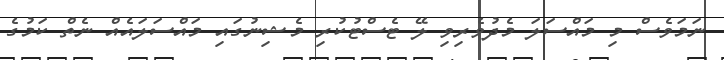
ނަމަވެސް މި މައްސަލަ މެދުވެރިވި ލޭ ޓެސްޓުކުރި މެޝިނުގައި މައްސަލައެއް ނެތް ކަމުގެ